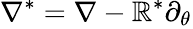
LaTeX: \nabla^{*}=\nabla-\boldsymbol{\mathbb{R}}^{*}\partial_{\theta_{}}